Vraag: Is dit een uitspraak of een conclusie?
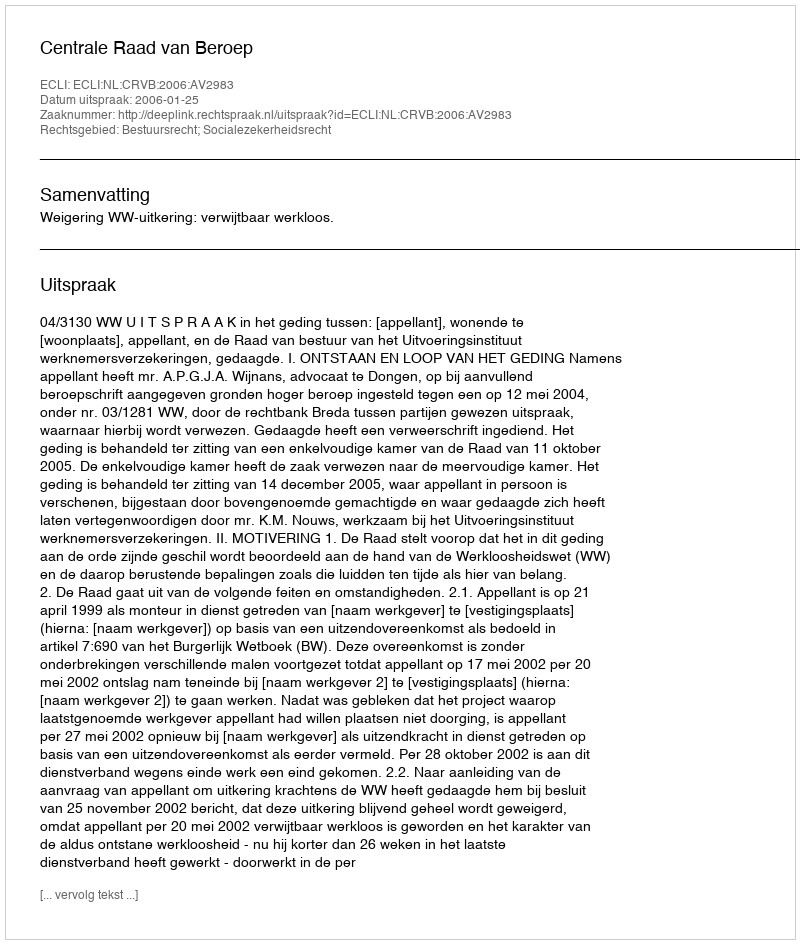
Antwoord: Uitspraak